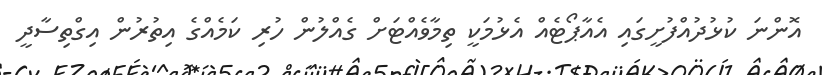
އޮންނަ ކުޅުދުއްފުށީގައި އެއާޕޯޓެއް އެޅުމަކީ ތިމާވެއްޓަށް ގެއްލުން ހުރި ކަމެއްގެ އިތުރުން އިގްތިސާދީ